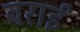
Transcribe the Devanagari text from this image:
बराईं